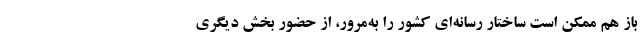
باز هم ممکن است ساختار رسانه‌ای کشور را به‌مرور، از حضور بخش دیگری